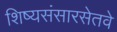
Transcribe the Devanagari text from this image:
शिष्यसंसारसेतवे